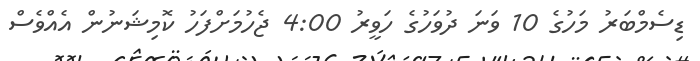
ޑިސެމްބަރު މަހުގެ 10 ވަނަ ދުވަހުގެ ހަވީރު 4:00 ޖެހުމަށްފަހު ކޮމިޝަނުން އެއްވެސް